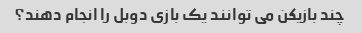
چند بازیکن می توانند یک بازی دوبل را انجام دهند؟